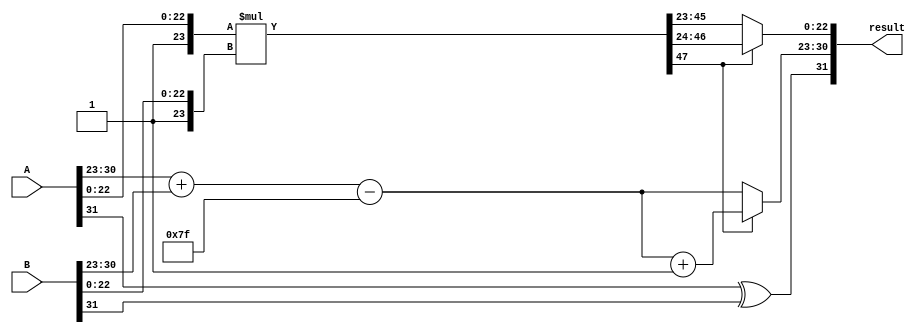
`timescale 1ns / 1ps
module FloatingMultiplication (input [31:0] A,input [31:0] B,output reg [31:0] result);

    reg [23:0] A_Mantissa, B_Mantissa;
    reg [22:0] Mantissa;
    reg [47:0] Temp_Mantissa;
    reg [7:0] A_Exponent, B_Exponent, Temp_Exponent, diff_Exponent, Exponent;
    reg A_sign, B_sign, Sign;
    reg [6:0] exp_adjust;
    
    always @(*)
    begin
        A_Mantissa = {1'b1, A[22:0]};
        A_Exponent = A[30:23];
        A_sign = A[31];
  
        B_Mantissa = {1'b1, B[22:0]};
        B_Exponent = B[30:23];
        B_sign = B[31];

        Temp_Exponent = A_Exponent + B_Exponent - 127;
        Temp_Mantissa = A_Mantissa * B_Mantissa;
        Mantissa = Temp_Mantissa[47] ? Temp_Mantissa[46:24] : Temp_Mantissa[45:23];
        Exponent = Temp_Mantissa[47] ? Temp_Exponent + 1'b1 : Temp_Exponent;
        Sign = A_sign ^ B_sign;
        result = {Sign, Exponent, Mantissa};
    end

    // Ensure that result is initialized to 0
    initial begin
        result = 32'b0;
    end
    
endmodule